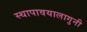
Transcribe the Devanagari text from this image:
स्थापावयालागुनी